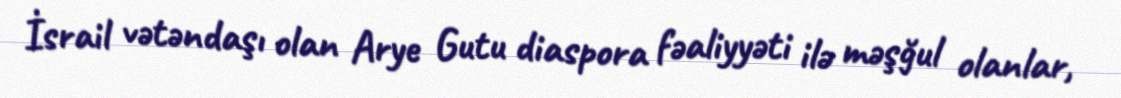
İsrail vətəndaşı olan Arye Gutu diaspora fəaliyyəti ilə məşğul olanlar,